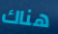
هناك